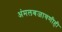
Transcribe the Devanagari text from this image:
अंमलबजावणीही